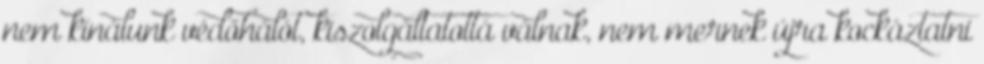
nem kínálunk védőhálót, kiszolgáltatottá válnak, nem mernek újra kockáztatni